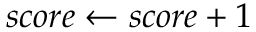
s c o r e \gets s c o r e + 1